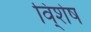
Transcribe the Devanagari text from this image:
वि्शेष